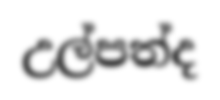
උල්පත්ද